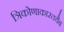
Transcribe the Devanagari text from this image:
त्रिकोणाकारतयैब